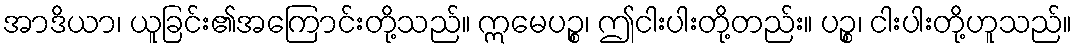
အာဒိယာ၊ ယူခြင်း၏အကြောင်းတို့သည်။ ဣမေပဉ္စ၊ ဤငါးပါးတို့တည်း။ ပဉ္စ၊ ငါးပါးတို့ဟူသည်။